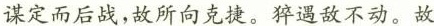
谋定而后战，故所向克捷。猝遇敌不动。故